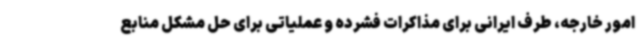
امور خارجه، طرف ایرانی برای مذاکرات فشرده و عملیاتی برای حل مشکل منابع